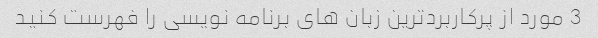
3 مورد از پرکاربردترین زبان های برنامه نویسی را فهرست کنید